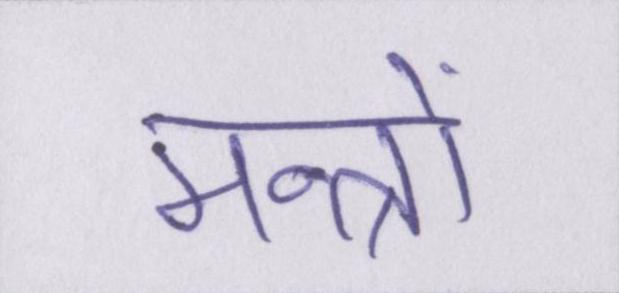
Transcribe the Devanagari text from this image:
मन्त्रों